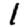
Digit: 1